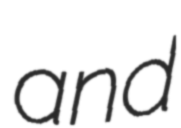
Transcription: and